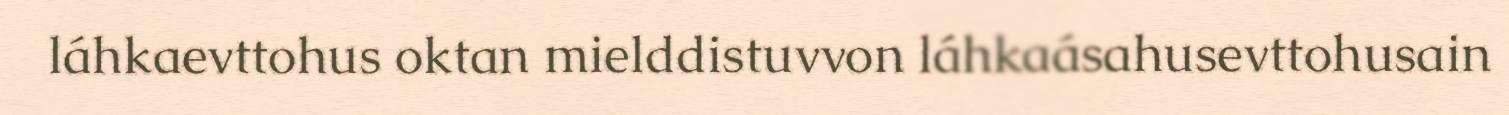
láhkaevttohus oktan mielddistuvvon láhkaásahusevttohusain